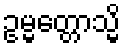
ဥမ္မတ္တောသ္မိ